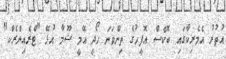
އުތުރު އެމެރިކާގައި ބޮކްސް އޮފީހުގެ ތިންވަނަ ހޯދީ އޭމީ ޝޫމާ އުޅޭ "ޓްރެއިންރެކް"